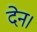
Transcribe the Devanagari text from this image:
देन।